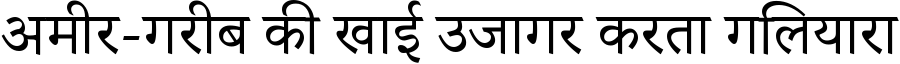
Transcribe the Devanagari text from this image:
अमीर-गरीब की खाई उजागर करता गलियारा